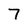
Character: 7